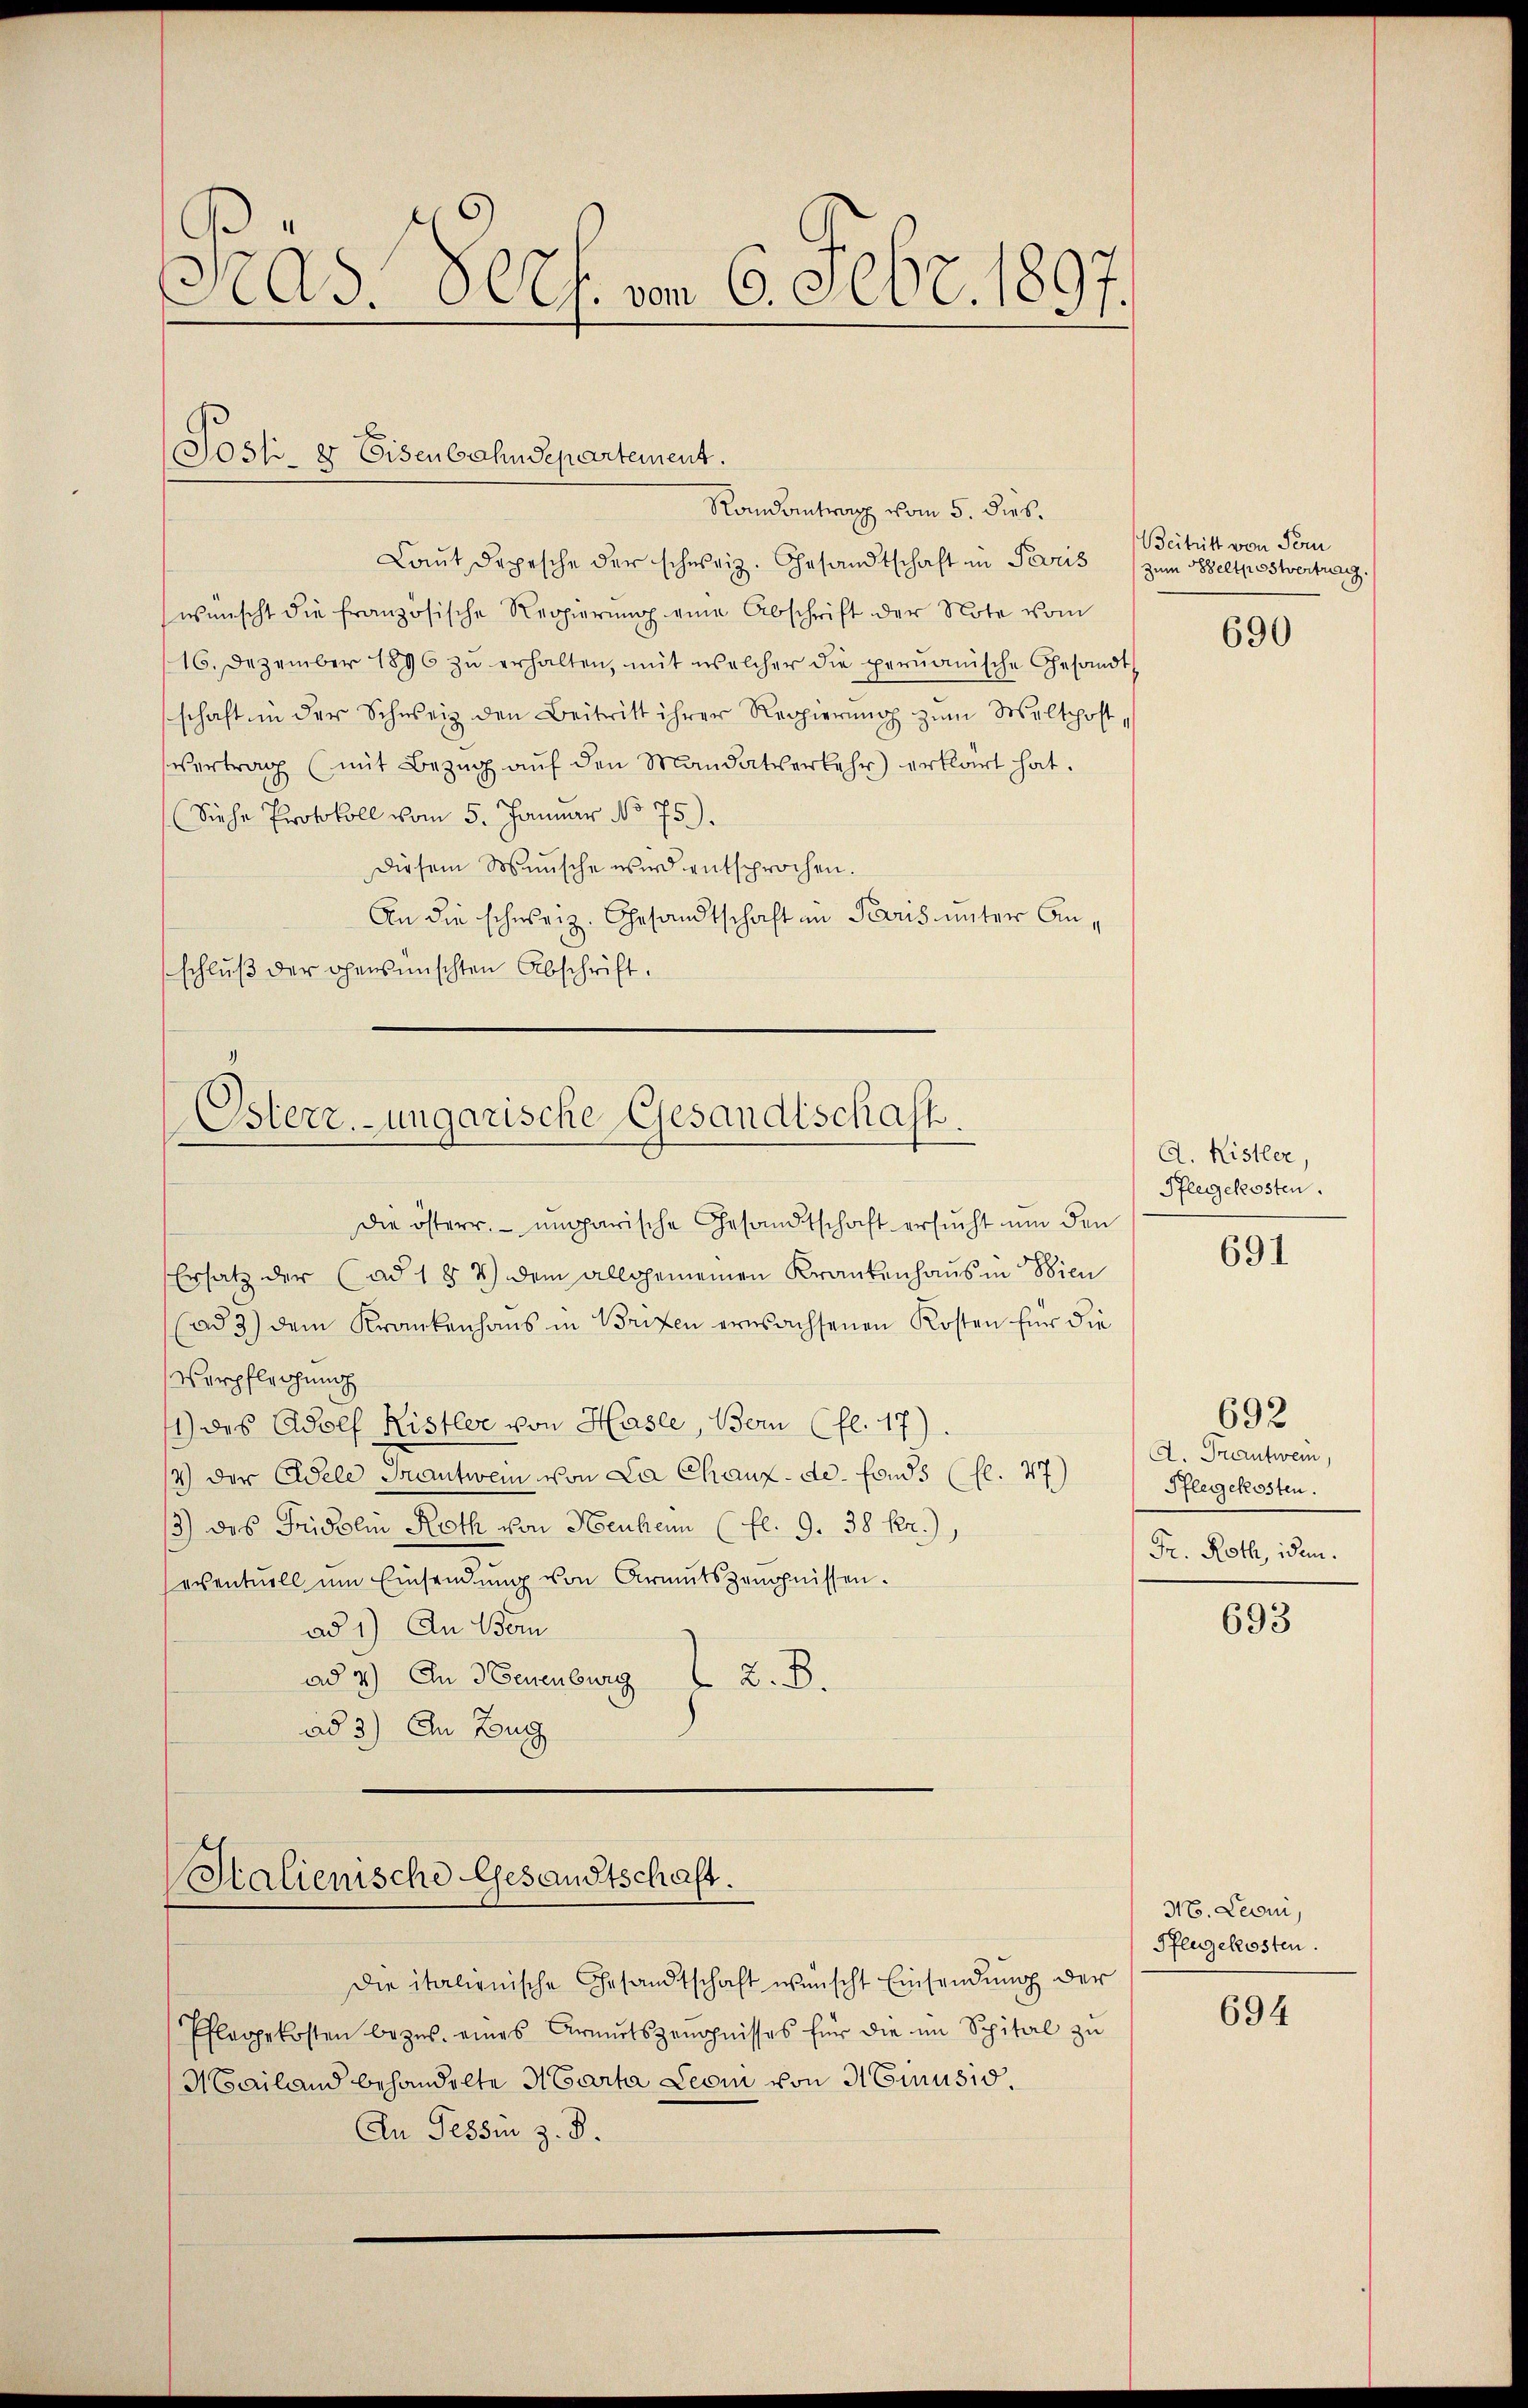
Pras.- Sees. vom 6. Febr. 1897.

Soss- er Eisenbahndepartement.
Randantrag vom 5. dies.

Laut Depesche der schweiz. Gesandtschaft in Paris
wünscht die französische Regierŭng eine Abschrift der Note vom
16. Dezember 1896 zŭ erhalten, mit welcher die perŭanische Gesandt
schaft in der Schweiz den Beitritt ihrer Regierŭng zŭm Walthoft,
vertrag (mit Bezŭg aŭf den Mandatverkehr erklärt hat.
Siehe Protokoll vom 5. Januar No 75.).
Diesem Wunsche wird entsprochen.
An die schweiz. Gesandtschaft an Paris unter Anschluß der ohensmischten Abschrift.

Österr.-ungarische Gesandtschaft.
die österr. ungarische Gesandtschaft ersucht um den

Ersatz der (ad 1 § 7) dem allgemeinen Krankenhaus in Bien
(ad 3) dem Krankenhaus in Brixen erwachsenen Kosten für die
Verpfleihung
1) des Adolf Ristler von Hasle, Bern (fl. 17).
4) der Edele Frantwein von La Chaux-de-Fonds (fl. 47)
13) das Fridolin Roth von Heuhen (fl. 9. 38 Kr.),
eventuell um Einsendung von Armutszeugnissen.
ad 1) An Bom
ad 2.) An Neuenburg z. B.
ad 3) An Zug

Halienische Gesandtschaft.
Die italienische Gesandtschaft wünscht Einsendung der

Pflegekosten bezŭs. eines Armutszeugnisses für die im Spital zŭ
Mailand behandelte Marta Leoni von Minusio
An Tessin z. B.

Beitritt von Fern
zum Beltpostvertrag.

690

A. Kistler,
Pflegekosten.

691

692
A. Frantwein,
Pflegekosten.
Fr. Roth, idem

693

36. Leoni,
Pflegekosten.

694